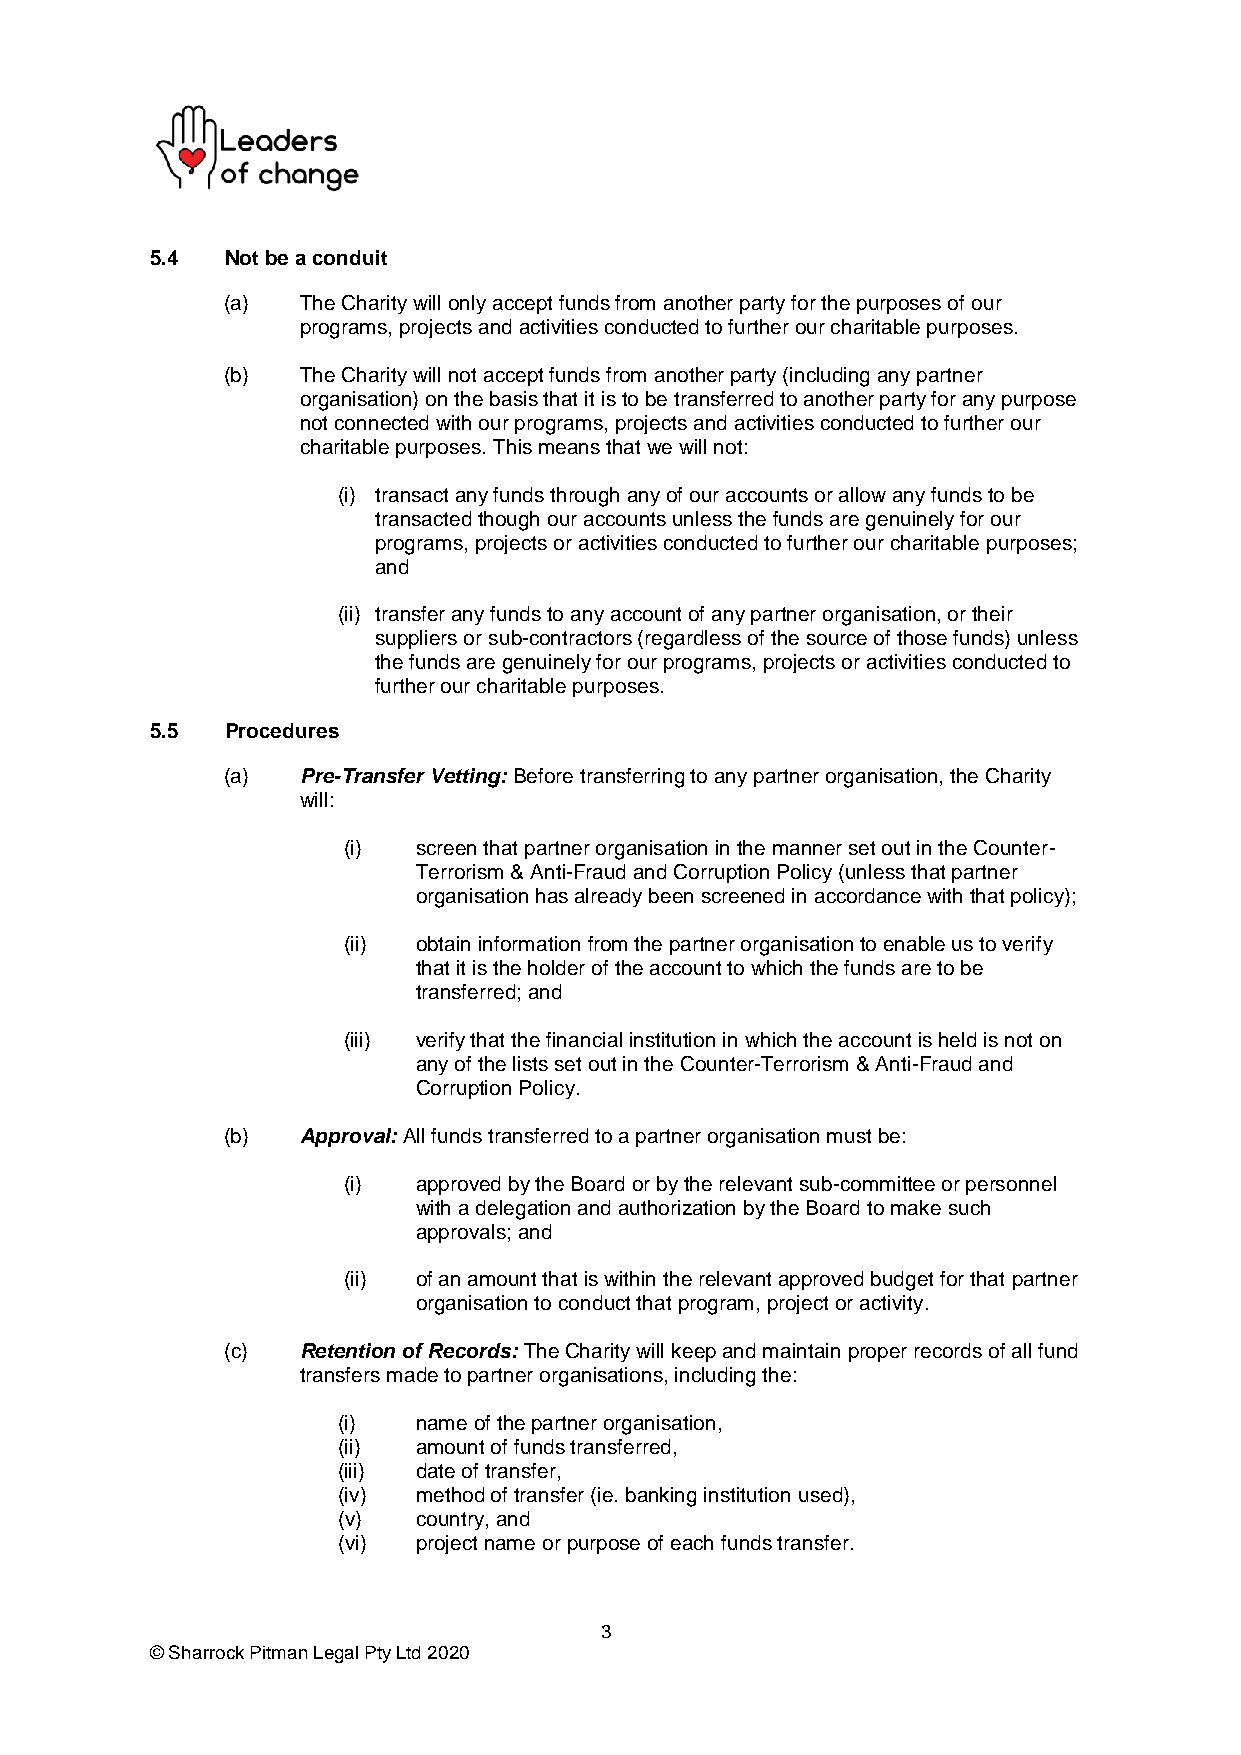
5.4  Not be a conduit
 (a)  The Charity will only accept funds from another party for the purposes of our
 programs, projects and activities conducted to further our charitable purposes.
 (b)  The Charity will not accept funds from another party (including any partner
 organisation) on the basis that it is to be transferred to another party for any purpose
 not connected with our programs, projects and activities conducted to further our
 charitable purposes. This means that we will not:
 (i) transact any funds through any of our accounts or allow any funds to be
 transacted though our accounts unless the funds are genuinely for our
 programs, projects or activities conducted to further our charitable purposes;
 and
 (ii) transfer any funds to any account of any partner organisation, or their
 suppliers or sub-contractors (regardless of the source of those funds) unless
 the funds are genuinely for our programs, projects or activities conducted to
 further our charitable purposes.
 5.5  Procedures
 (a)  Pre-Transfer Vetting: Before transferring to any partner organisation, the Charity
 will:
 (i)  screen that partner organisation in the manner set out in the Counter-
 Terrorism & Anti-Fraud and Corruption Policy (unless that partner
 organisation has already been screened in accordance with that policy);
 (ii) obtain information from the partner organisation to enable us to verify
 that it is the holder of the account to which the funds are to be
 transferred; and
 (iii) verify that the financial institution in which the account is held is not on
 any of the lists set out in the Counter-Terrorism & Anti-Fraud and
 Corruption Policy.
 (b)  Approval: All funds transferred to a partner organisation must be:
 (i)  approved by the Board or by the relevant sub-committee or personnel
 with a delegation and authorization by the Board to make such
 approvals; and
 (ii) of an amount that is within the relevant approved budget for that partner
 organisation to conduct that program, project or activity.
 (c)  Retention of Records: The Charity will keep and maintain proper records of all fund
 transfers made to partner organisations, including the:
 (i)   name of the partner organisation,
 (ii)  amount of funds transferred,
 (iii) date of transfer,
 (iv)  method of transfer (ie. banking institution used),
 (v)   country, and
 (vi)  project name or purpose of each funds transfer.
 3
 © Sharrock Pitman Legal Pty Ltd 2020